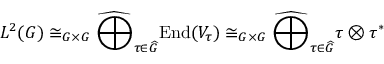
L ^ { 2 } ( G ) \cong _ { G \times G } { \widehat { \bigoplus } } _ { \tau \in { \widehat { G } } } { \mathrm { E n d } } ( V _ { \tau } ) \cong _ { G \times G } { \widehat { \bigoplus } } _ { \tau \in { \widehat { G } } } \tau \otimes \tau ^ { * }